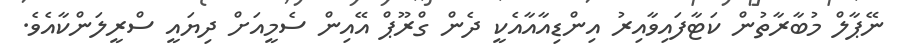
ނޭޕާލް މުބާރާތުން ކަޓާފައިވާއިރު އިންޑިއާއާއެކީ ދެން ގްރޫޕް އޭއިން ސެމީއަށް ދިޔައީ ސްރީލަންކާއެވެ.